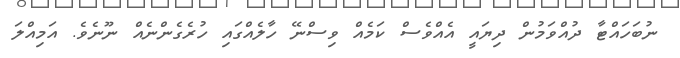
ނުބަހައްޓާ ދުއްވަމުން ދިޔައީ އެއްވެސް ކަމެއް ވިސްނޭ ހާލެއްގައި ހުރެގެންނެއް ނޫނެވެ. އަމިއްލަ